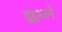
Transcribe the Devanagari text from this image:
डुंडुभाने